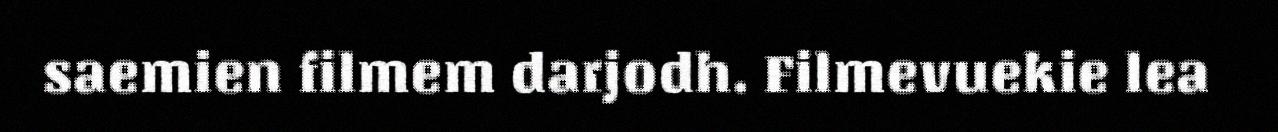
saemien filmem darjodh. Filmevuekie lea